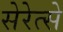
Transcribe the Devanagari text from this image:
सेरेत्से